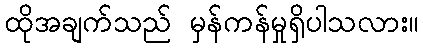
ထိုအချက်သည် မှန်ကန်မှုရှိပါသလား။